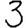
Digit: 3